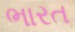
ભારત